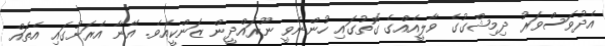
އެދުވަސްވަރު ދިމިޝްގުގެ ވާލީއެއްގެ ގޮތުގައި ހުންނެވީ ނޫރައްދީން ޒަންކީއެވެ. އޭނާ އެރަށުގައި އެތައް